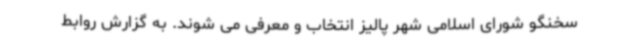
سخنگو شورای اسلامی شهر پالیز انتخاب و معرفی می شوند. به گزارش روابط